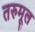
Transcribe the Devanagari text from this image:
तरुमूल